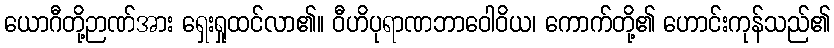
ယောဂီတို့ဉာဏ်အား ရှေးရှုထင်လာ၏။ ဝီဟိပုရာဏဘာဝေါဝိယ၊ ကောက်တို့၏ ဟောင်းကုန်သည်၏